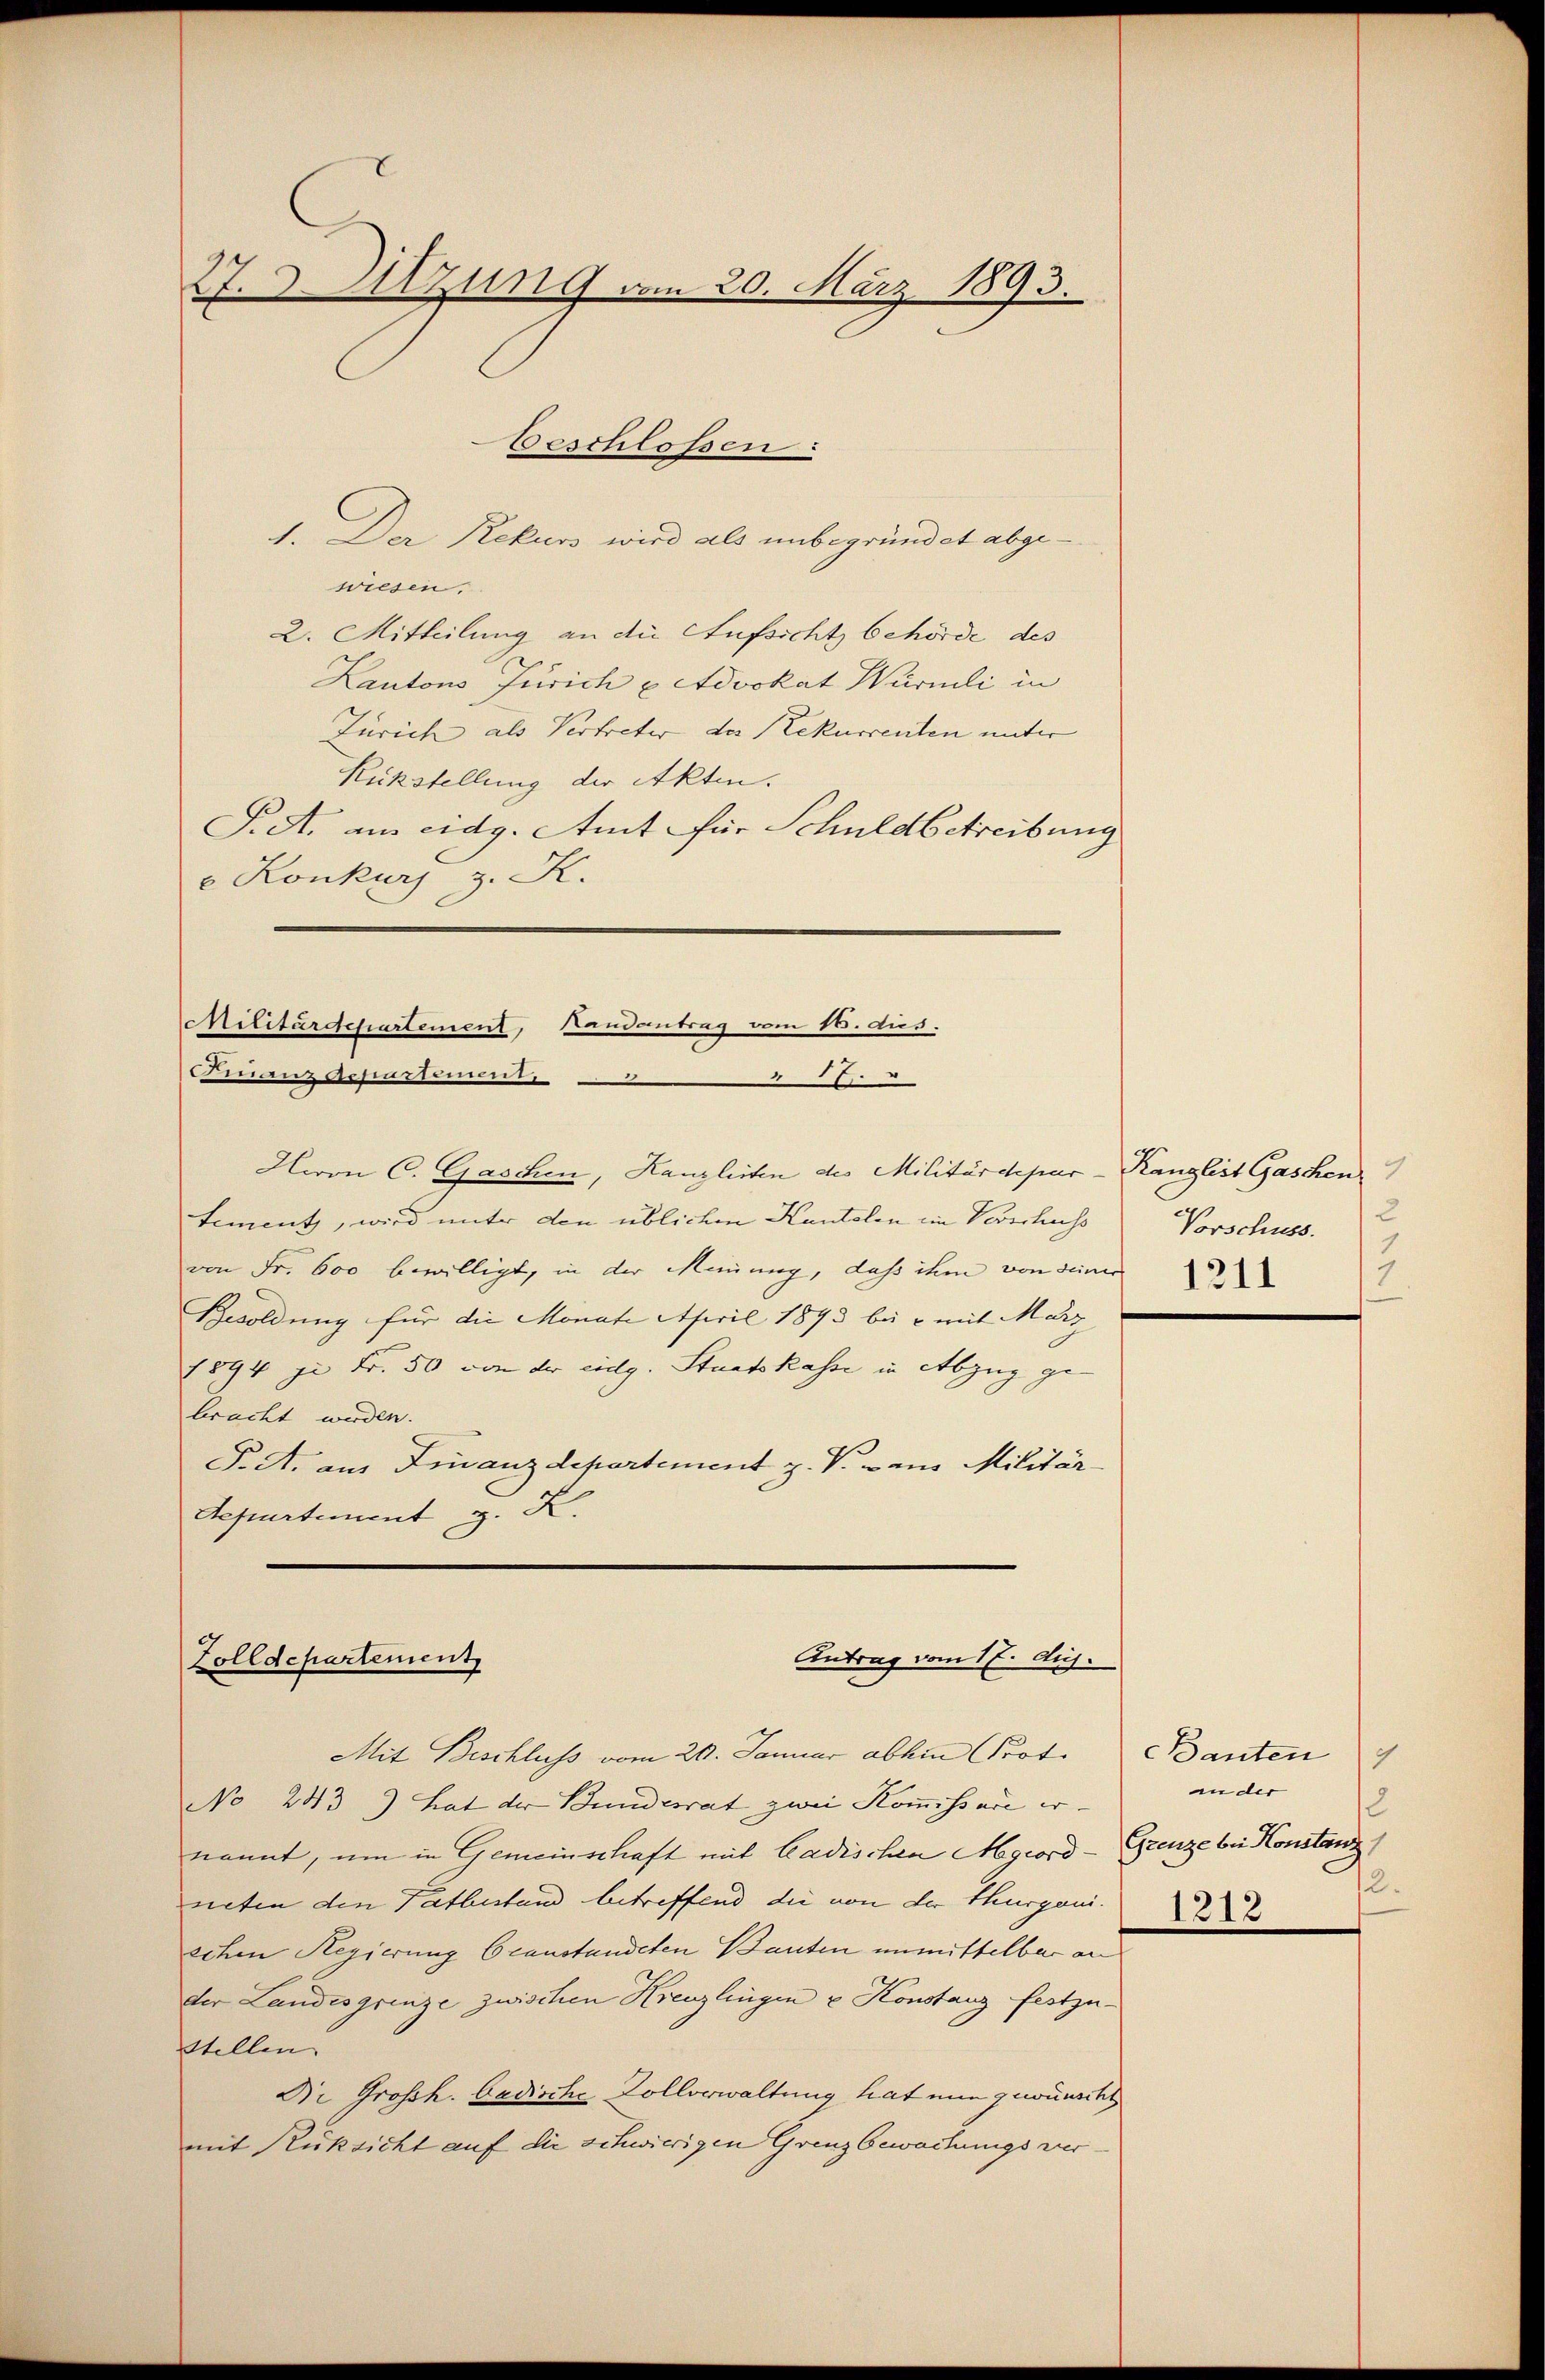
27. Sitzung vom 20. März 1893.

beschlossen:
1. Der Rekurs wird als unbegründet abgewiesen.
2. Mitteilung an die Aufsicht behörde des
Kantons Zürich & Advokat Würmli in
Zürich als Vertreter der Rekurrenten unter
Rückstellung der Akten.
S. A. am eidg. Amt für Schuldbetreibung
e Konkurs z. K.

Hevon C. Gaschen, Kanzleiten des Militärdepar-Ranglist Gaschen
tement, wird unter den üblichen Kantelen im Verschuss
von Fr. 600 bewilligt, in der Meinung, dass ihm von deiner 1
Gesoldung für die Monate April 1893 bei u. mit Marz
1894 je Fr. 50 von der eidg. Staatskasse in Abzug gebracht werden.
P. A. aus Finanzdepartement z. V. Dans Militär-
Separtement z. K.

Militärdepartement, Landantrag vom 16. dus.
Finanzdepustumes

Antrag vom 17. diej
Zolldepartement
Mit Beschluss vom 20. Januar abhin Prot. Bauten

No 243) hat der Bundesrat zwei Kommissari ernannt, um in Gemeinschaft mit Ladischen Mgeordneten den Tatbestand betreffend die von der Thurgauschen Regierung beanstandeten Bauten unmittelbar an
der Landesgrenze zwischen Kreuzlingen u Konstanz festzu¬
Stellen.
Die Großh. badische Zollverwaltung trat nun gewünscht
mit Rücksicht auf die schwierigen Grenz bewachungs ver¬

2
Vorschuss. 1

7
ander
12
Grenze bei Konstanz,
12.
1212